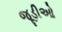
જૂડીઓ